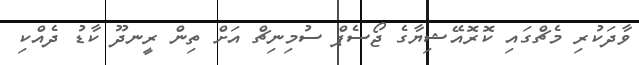
ވާދަކުރި މެޗްގައި ކޮރޮއޭޝިޔާގެ ޖޯސެޕް ސުމިނިޗް އަށް ތިން ރީނދޫ ކާޑު ދެއްކި